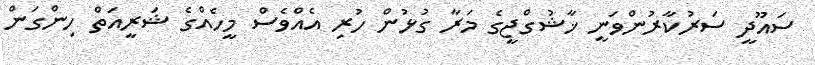
ސައޫދީ ސަރުކާރުންވަނީ ޚާޝުގްޖީގެ މަރާ ގުޅުން ހުރި އެއްވެސް މީހެއްގެ ޝަރީއަތް ހިންގަން